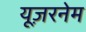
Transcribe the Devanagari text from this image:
यूज़रनेम